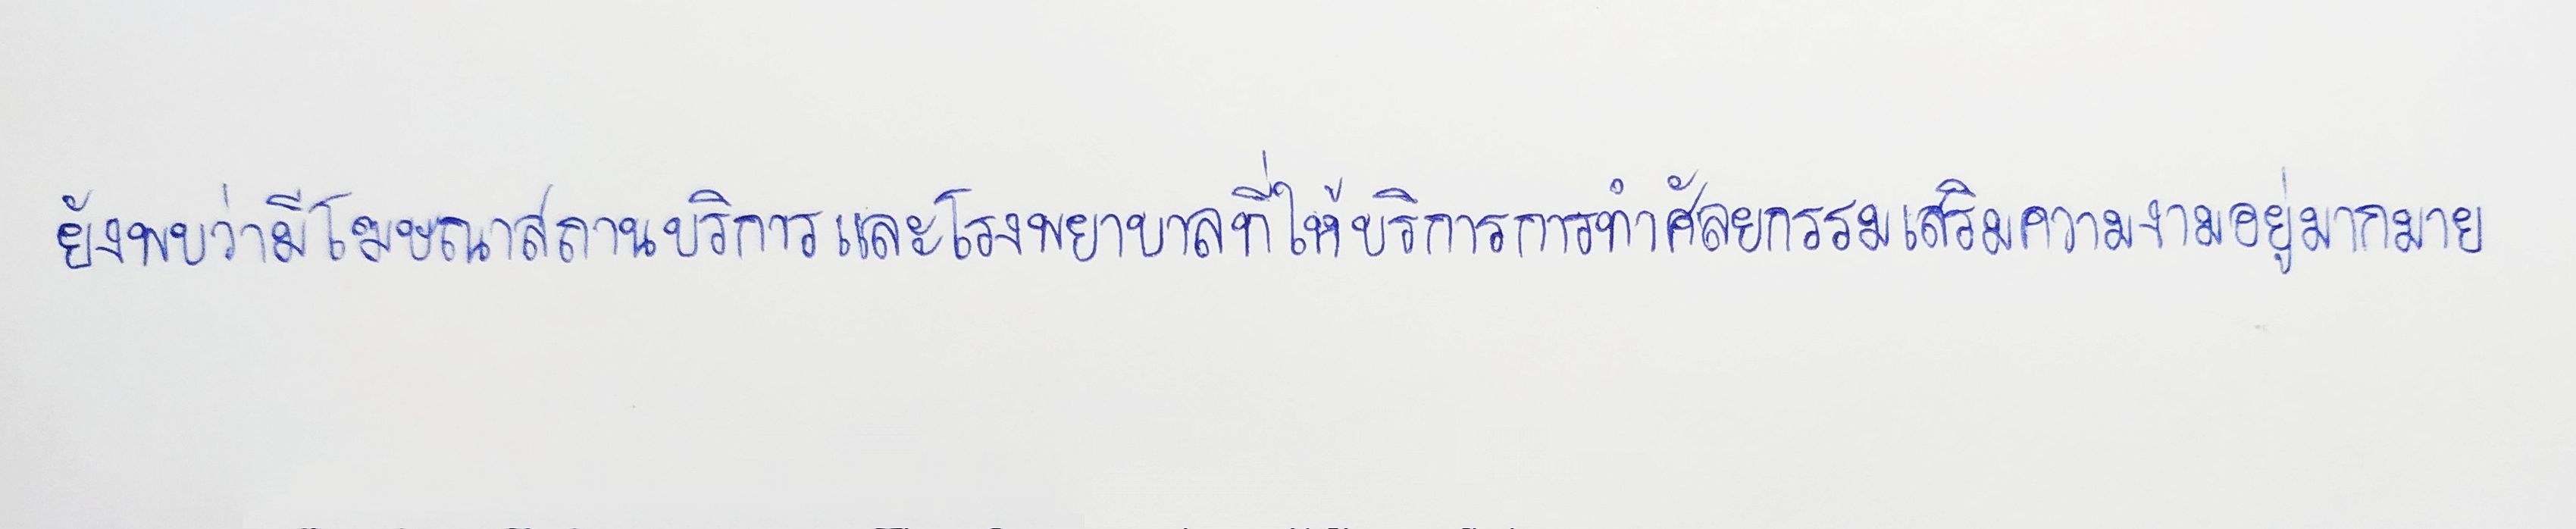
ยังพบว่ามีโฆษณาสถานบริการและโรงพยาบาลที่ให้บริการการทำศัลยกรรมเสริมความงามอยู่มากมาย